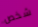
شخص